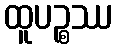
ထူပဉ္စဿ